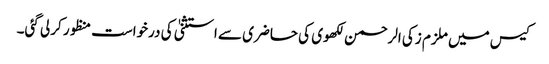
کیس میں ملزم زکی الرحمن لکھوی کی حاضری سے استثنیٰ کی درخواست منظور کرلی گئی۔